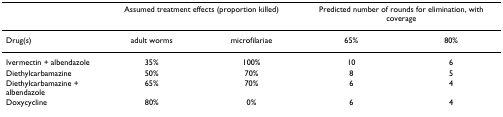
|  | <COLSPAN=2> Assumed treatment effects (proportion killed) | <COLSPAN=2> Predicted number of rounds for elimination, with coverage |
 | --- | --- | --- | --- | --- |
 | Drug(s) | adult worms | microfilariae | 65% | 80% |
 | Ivermectin + albendazole | 35% | 100% | 10 | 6 |
 | Diethylcarbamazine | 50% | 70% | 8 | 5 |
 | Diethylcarbamazine + albendazole | 65% | 70% | 6 | 4 |
 | Doxycycline | 80% | 0% | 6 | 4 |